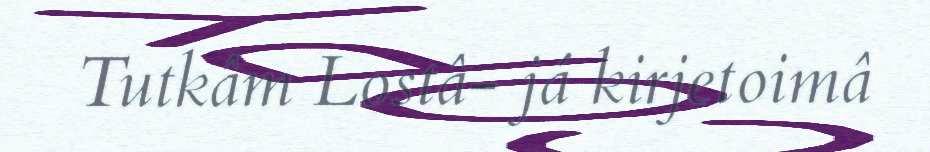
Tutkâm Lostâ- já kirjetoimâ